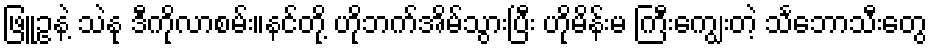
ဖြူဥနဲ့ သဲနု ဒီကိုလာစမ်း။နင်တို့ ဟိုဘက်အိမ်သွားပြီး ဟိုမိန်းမ ကြီးကျွေးတဲ့ သင်္ဘောသီးတွေ